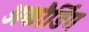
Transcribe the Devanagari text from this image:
अकौर्डिंग